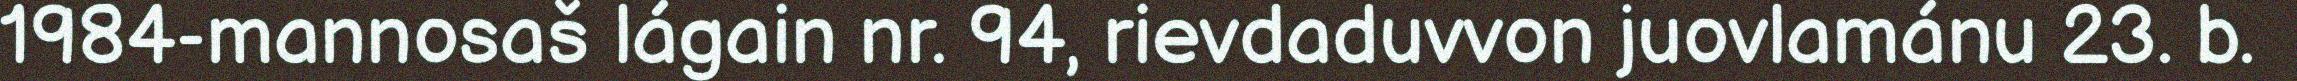
1984-mannosaš lágain nr. 94, rievdaduvvon juovlamánu 23. b.